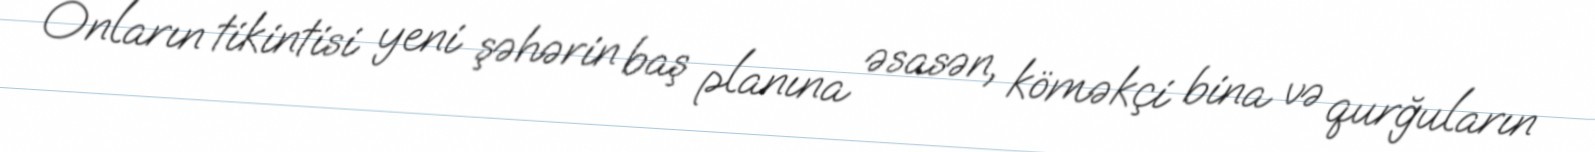
Onların tikintisi yeni şəhərin baş planına əsasən, köməkçi bina və qurğuların